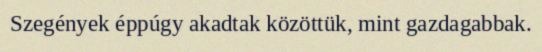
Szegények éppúgy akadtak közöttük, mint gazdagabbak.